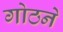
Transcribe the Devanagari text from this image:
गोठने